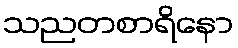
သညတစာရိနော